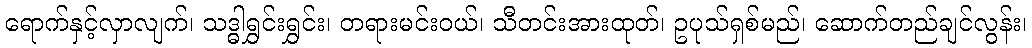
ရောက်နှင့်လှာလျက်၊ သဒ္ဓါရွှင်းရွှင်း၊ တရားမင်းဝယ်၊ သီတင်းအားထုတ်၊ ဥပုသ်ရှစ်မည်၊ ဆောက်တည်ချင်လွန်း၊